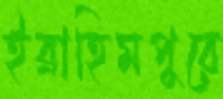
ইব্রাহিমপুরে